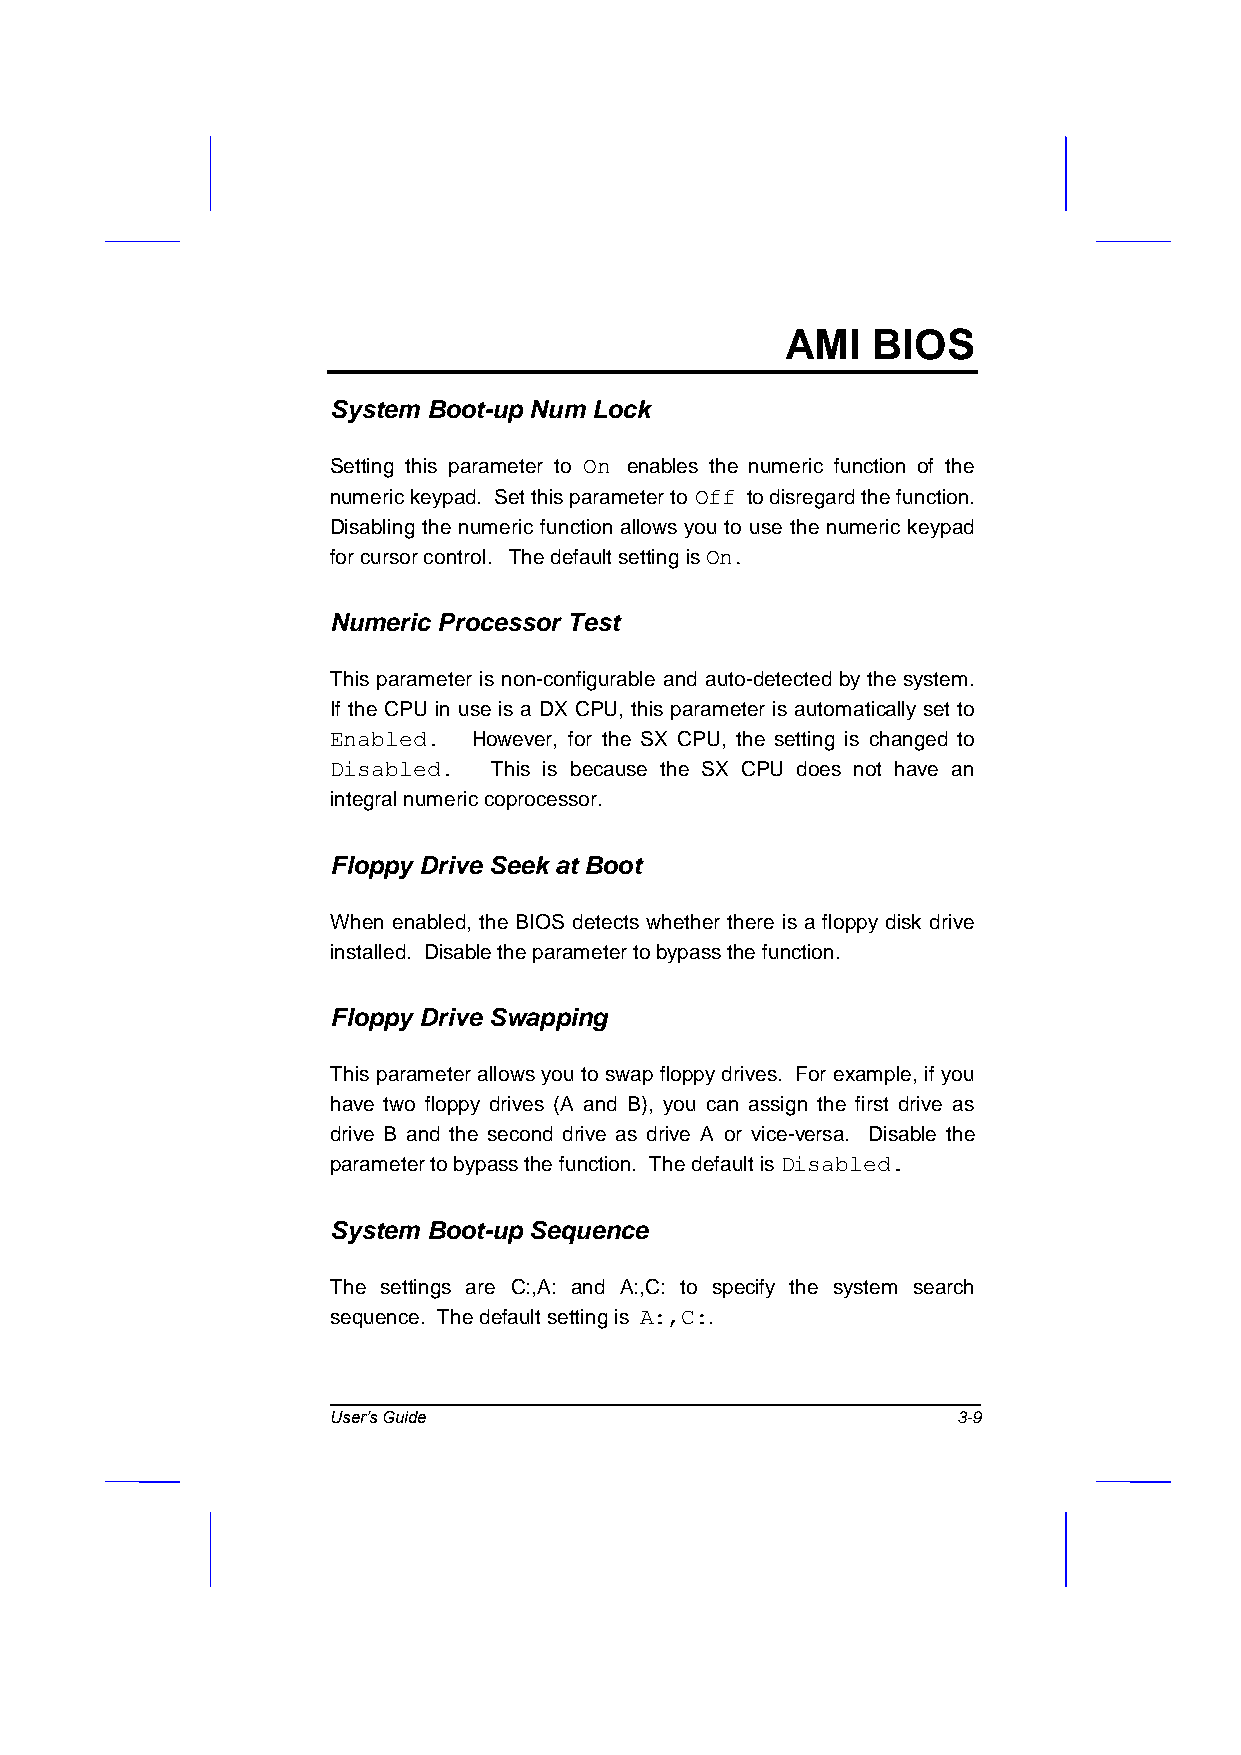
AMI   BIOS
 System Boot-up Num Lock
 Setting this parameter to On enables the numeric function of the
 numeric keypad. Set this parameter to Off to disregard the function.
 Disabling the numeric function allows you to use the numeric keypad
 for cursor control. The default setting is On.
 Numeric Processor Test
 This parameter is non-configurable and auto-detected by the system.
 If the CPU in use is a DX CPU, this parameter is automatically set to
 Enabled. However, for the SX CPU, the setting is changed to
 Disabled. This is because the SX CPU does not have an
 integral numeric coprocessor.
 Floppy Drive Seek at Boot
 When enabled, the BIOS detects whether there is a floppy disk drive
 installed. Disable the parameter to bypass the function.
 Floppy Drive Swapping
 This parameter allows you to swap floppy drives. For example, if you
 have two floppy drives (A and B), you can assign the first drive as
 drive B and the second drive as drive A or vice-versa. Disable the
 parameter to bypass the function. The default is Disabled.
 System Boot-up Sequence
 The settings are C:,A: and A:,C: to specify the system search
 sequence. The default setting is A:,C:.
 User’s Guide                             3-9